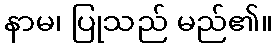
နာမ၊ ပြုသည် မည်၏။